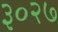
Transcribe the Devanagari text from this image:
३०२७